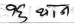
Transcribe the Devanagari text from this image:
कुछ थाने